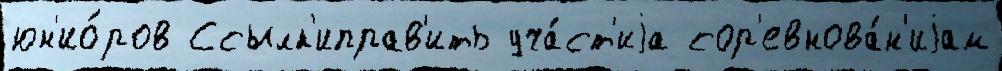
юн'ио́ров Ссылк'иправ'ить уча́ст'иjа сор'евнова́н'иjам